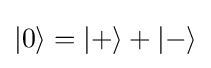
{\textstyle |\mathrm {0} \rangle =|+\rangle +|{-}\rangle }